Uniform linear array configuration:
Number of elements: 8
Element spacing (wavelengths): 0.5
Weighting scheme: blackman
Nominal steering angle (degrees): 45
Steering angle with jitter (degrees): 43.747
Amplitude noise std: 0.05
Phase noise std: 0.05

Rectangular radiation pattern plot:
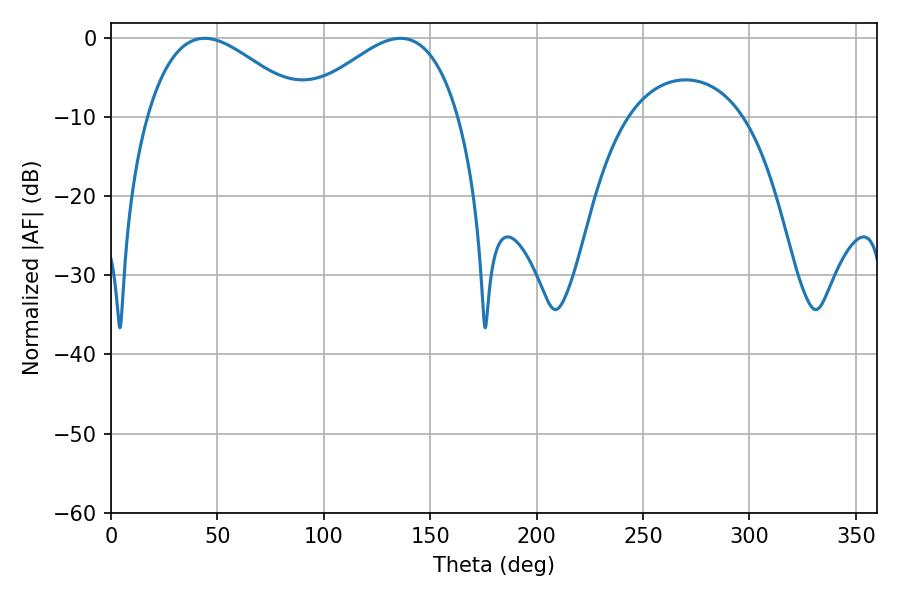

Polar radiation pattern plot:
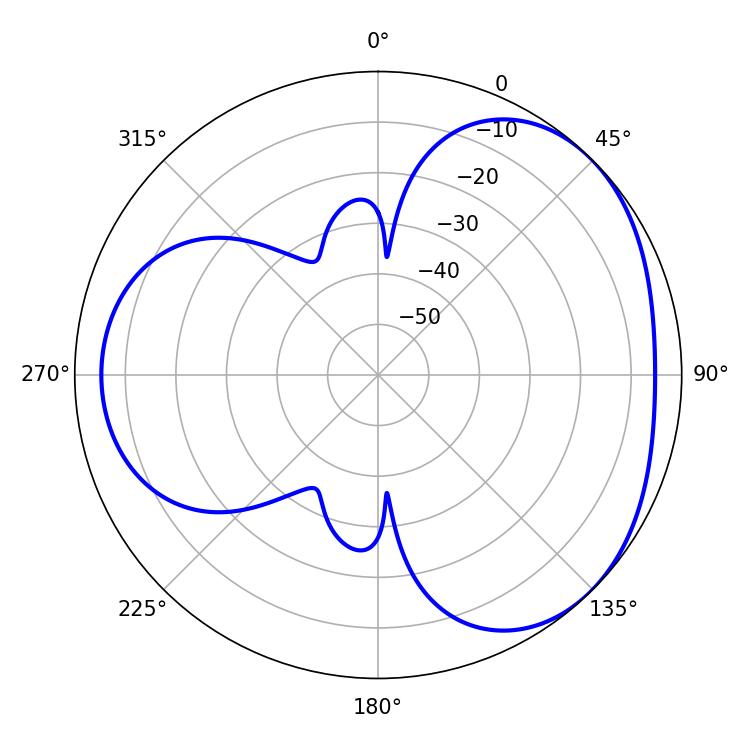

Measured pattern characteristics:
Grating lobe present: FALSE
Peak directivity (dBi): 3.473
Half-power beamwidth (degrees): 40.32
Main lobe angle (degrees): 43.92